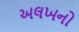
અલખનો